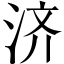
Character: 济